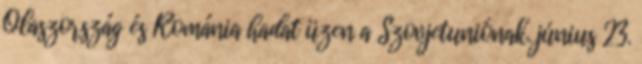
Olaszország és Románia hadat üzen a Szovjetuniónak. június 23.